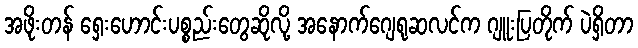
အဖိုးတန် ရှေးဟောင်းပစ္စည်းတွေဆိုလို့ အနောက်ဂျေရုဆလင်က ဂျူးပြတိုက် ပဲရှိတာ